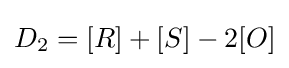
D_{2}=[R]+[S]-2[O]